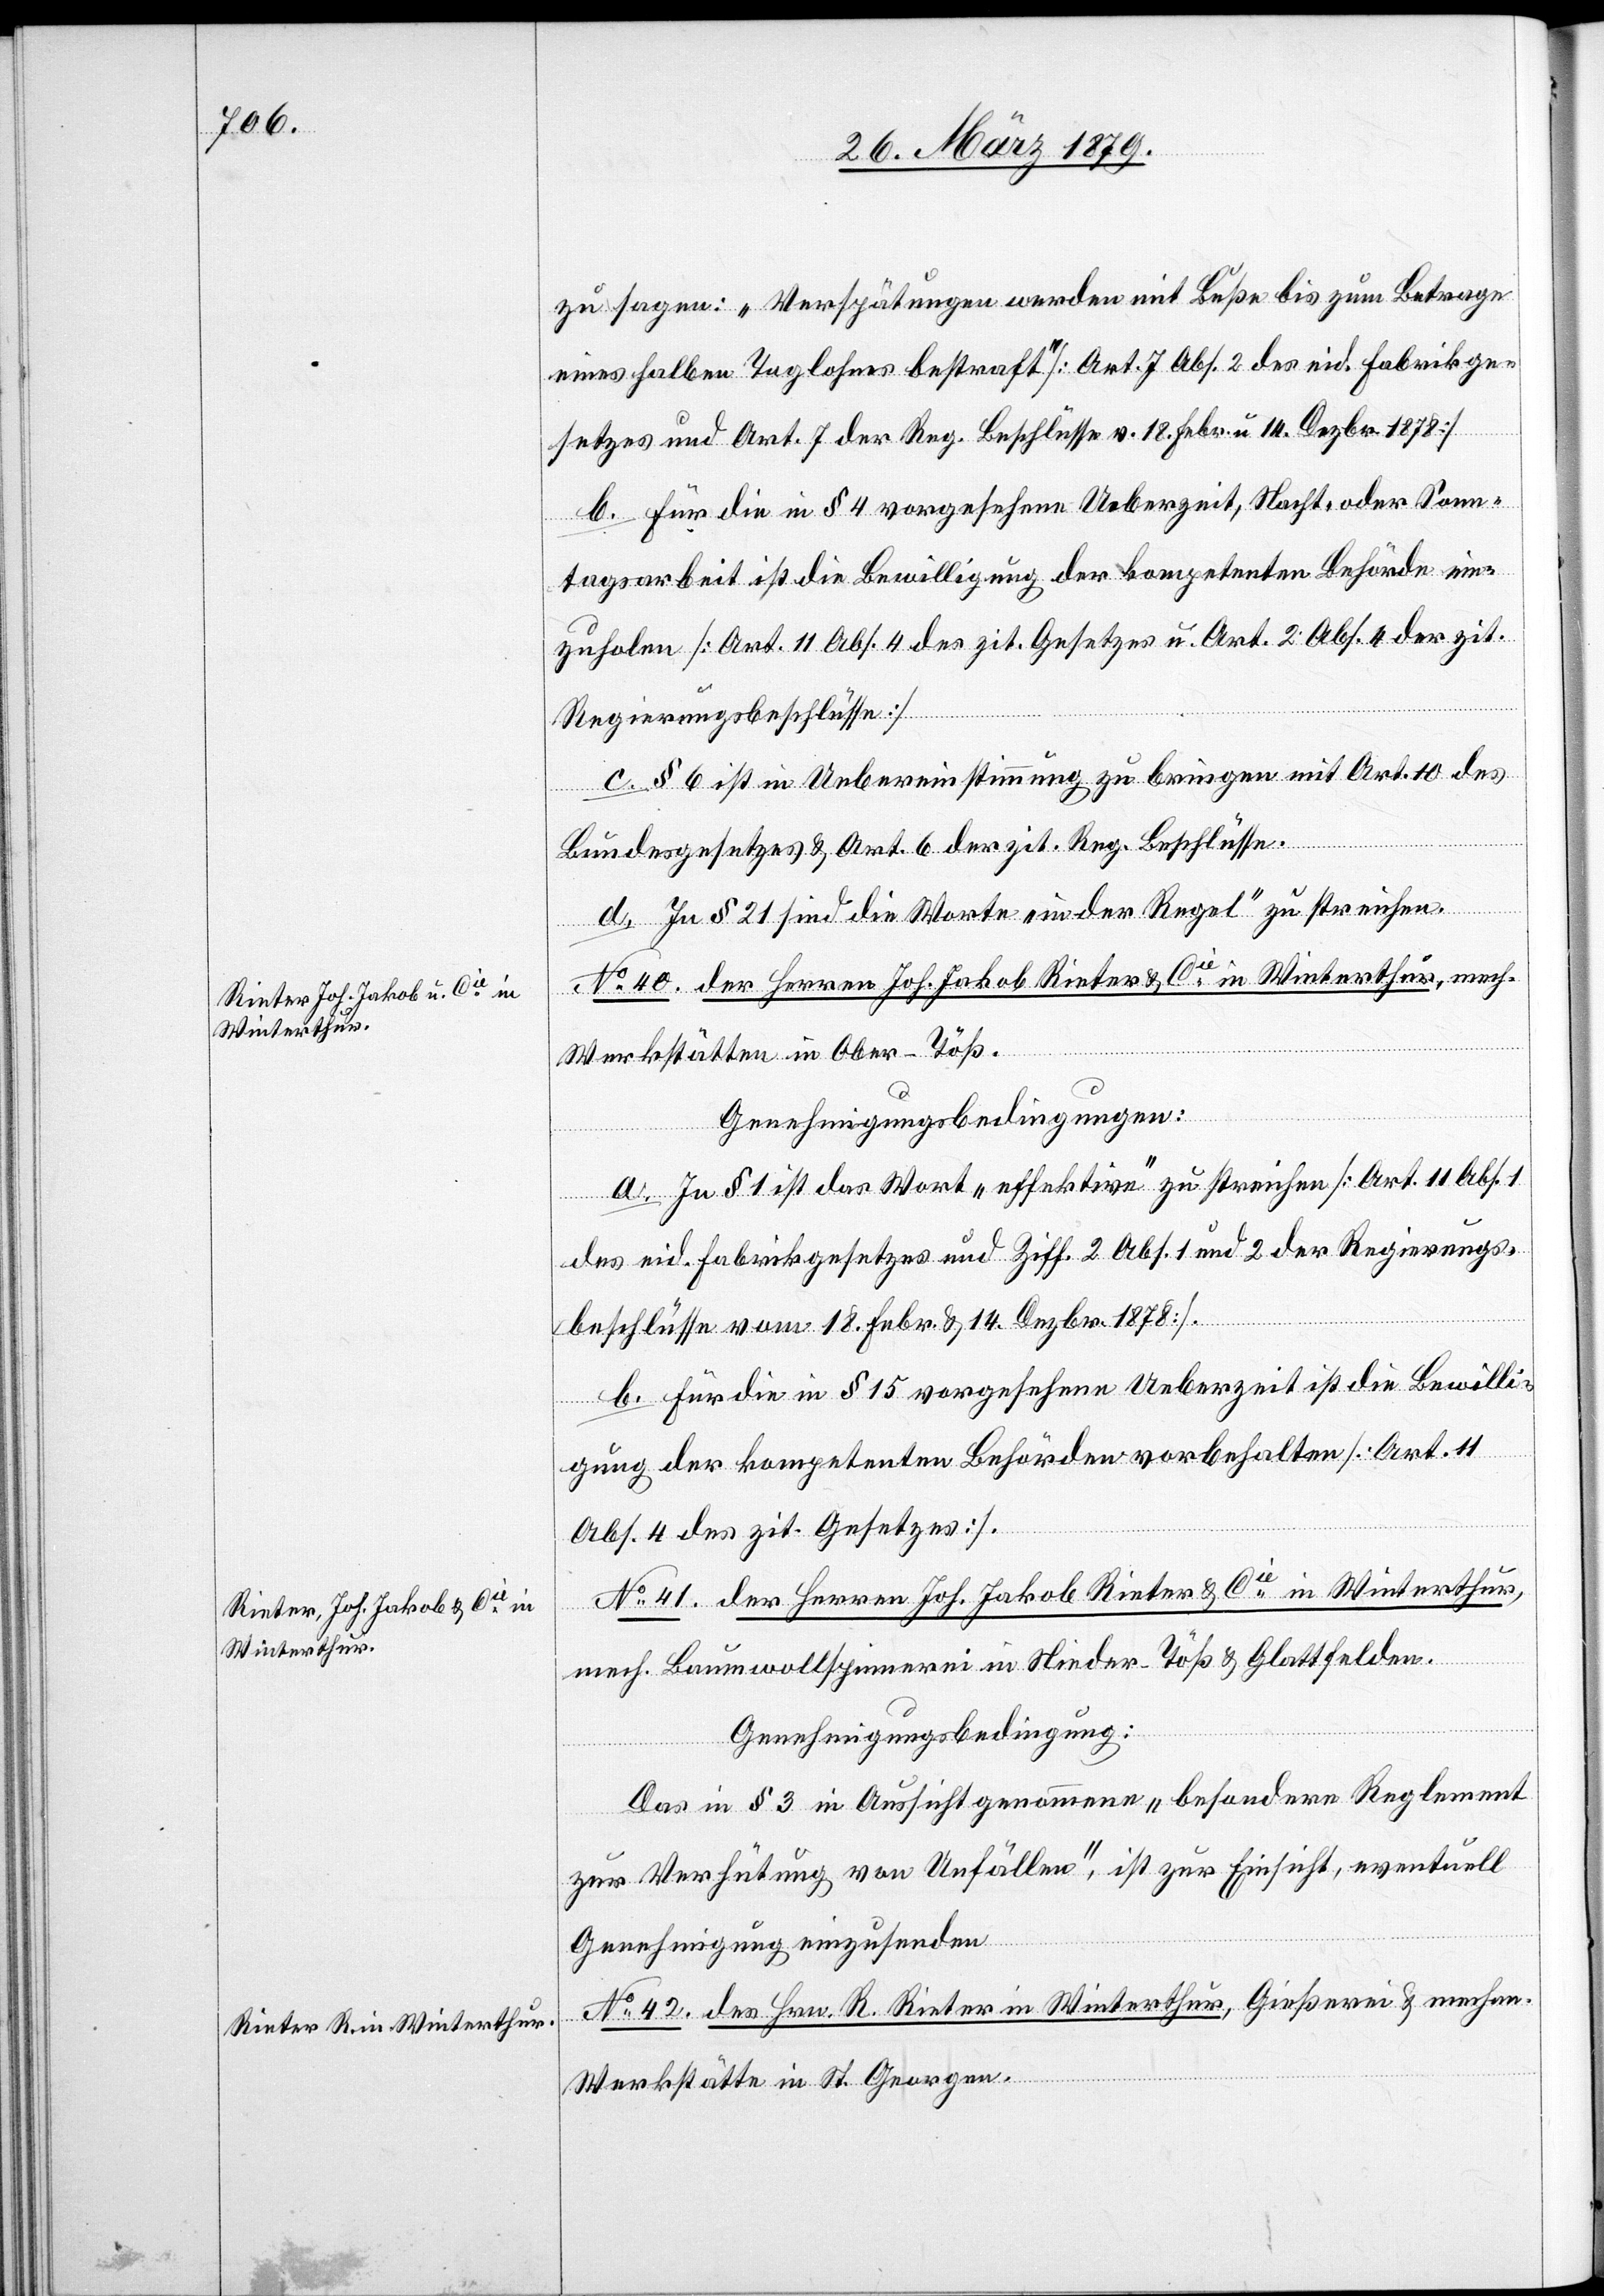
zu sagen: „Verspätungen werden mit Buße bis zum Betrage
eines halben Taglohnes bestraft“ [Art. 7 Abs. 2 des eid. Fabrikge¬
setzes und Art. 7 der Reg. Beschlüsse v. 18. Febr. u. 14. Dezbr. 1878].
b. Für die in § 4 vorgesehene Ueberzeit, Nacht- oder Sonn¬
tagsarbeit ist die Bewilligung der kompetenten Behörde ein¬
zuholen [Art. 11 Abs. 4 des zit. Gesetzes u. Art. 2 Abs. 4 der zit.
Regierungsbeschlüsse].
c. § 6 ist in Uebereinstimmung zu bringen mit Art. 10 des
Bundesgesetzes & Art. 6 der zit. Reg. Beschlüsse.
d. In § 21 sind die Worte „in der Regel“ zu streichen.
No 40. der Herren Joh. Jakob Rieter & Cie in Winterthur, mech.
Werkstätten in Ober-Töß.
Genehmigungsbedingungen:
a. In § 1 ist das Wort „effektive“ zu streichen [Art. 11 Abs. 1
des eid. Fabrikgesetzes und Ziff. 2 Abs. 1 und 2 der Regierungs¬
beschlüsse vom 18. Febr. & 14. Dezbr. 1878].
b. Für die in § 15 vorgesehene Ueberzeit ist die Bewilli¬
gung der kompetenten Behörden vorbehalten [Art. 11
Abs. 4 des zit. Gesetzes].
No 41. der Herren Joh. Jakob Rieter & Cie in Winterthur,
mech. Baumwollspinnerei in Nieder-Töß & Glattfelden.
Genehmigungsbedingung:
Das in § 3 in Aussicht genommene „besondere Reglement
zur Verhütung von Unfällen“, ist zur Einsicht, eventuell
Genehmigung einzusenden.
No 42. des Hrn. R. Rieter in Winterthur, Gießerei & mechan.
Werkstätte in St. Georgen.